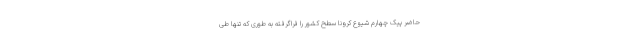
حاضر پیک چهارم شیوع کرونا سطح کشور را فراگرفته به طوری که تنها طی